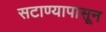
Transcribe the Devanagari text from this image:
सटाण्यापासून